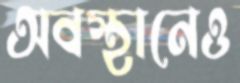
অবস্থানেও